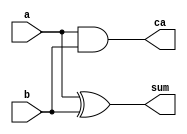
`timescale 1ns / 1ps
//////////////////////////////////////////////////////////////////////////////////
// Company: 
// Engineer: 
// 
// Design Name: 
// Module Name:    halfadder 
// Project Name: 
// Target Devices: 
// Tool versions: 
// Description: 
//
// Dependencies: 
//
// Revision: 
// Revision 0.01 - File Created
// Additional Comments: 
//
//////////////////////////////////////////////////////////////////////////////////
module halfadder(
    input a,
    input b,
    output sum,
    output ca
    );
	
	assign sum=a^b;
	assign ca=a&b;

endmodule